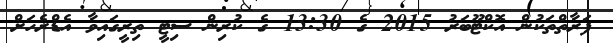
ފަރާތްތަކުން އޮކްޓޫބަރު 2015 ގެ 13:30 ގެ ކުރިން ސިޓީ ތިރީގައިވާ އެޑްރެހަށް